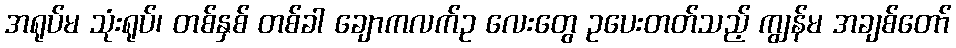
အရုပ်မ သုံးရုပ်၊ တစ်နှစ် တစ်ခါ ချောကလက်ဥ လေးတွေ ဥပေးတတ်သည့် ကျွန်မ အချစ်တော်